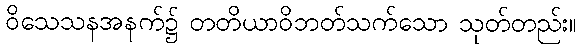
ဝိသေသနအနက်၌ တတိယာဝိဘတ်သက်သော သုတ်တည်း။